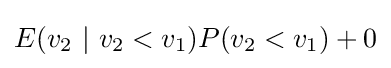
E(v_{2}~|~v_{2}<v_{1})P(v_{2}<v_{1})+0